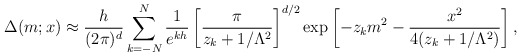
\begin{align*}\Delta(m;x) \approx \frac{h}{(2\pi)^d} \sum_{k=-N}^{N} \frac{1}{e^{kh}} \left[\frac{\pi}{z_k+1/\Lambda^2}\right]^{d/2}\exp\left[-z_km^2 - \frac{x^2}{4(z_k+1/\Lambda^2)}\right],\end{align*}